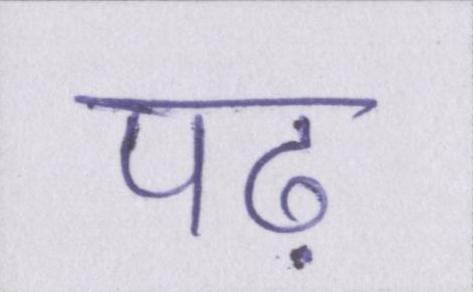
पढ़